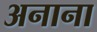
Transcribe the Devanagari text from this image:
अनाना